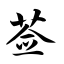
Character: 莶